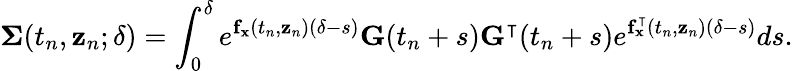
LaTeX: \mathbf{\Sigma}(t_{n},\mathbf{z}_{n};\delta)=\int_{0}^{\delta}e^{\mathbf{f}_{\mathbf{x}}(t_{n},\mathbf{z}_{n})(\delta-s)}\mathbf{G}(t_{n}+s)\mathbf{G}^{\intercal}(t_{n}+s)e^{\mathbf{f}_{\mathbf{x}}^{\intercal}(t_{n},\mathbf{z}_{n})(\delta-s)}ds.